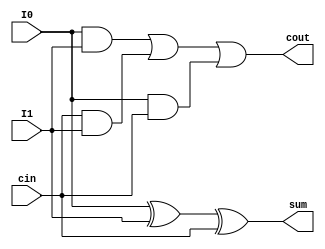
`timescale 1ns / 1ps
//////////////////////////////////////////////////////////////////////////////////
// Company: 
// Engineer: 
// 
// Design Name: 
// Module Name: carry_select_adder
// Project Name: 
// Target Devices: 
// Tool Versions: 
// Description: 
// 
// Dependencies: 
// 
// Revision:
// Revision 0.01 - File Created
// Additional Comments:
// 
//////////////////////////////////////////////////////////////////////////////////
// Assignment - 5
// Problem  - 3
// Semester Aut - 2020 
// Group - 53
// Name_1 : Hardik Aggarwal 
// Roll_1 : 18CS10021
// Name_2 : Sriyash Poddar
// Roll_2 : 18CS30040

module full_adder (
    input I0,
    input I1,
    input cin,
    output sum,
    output cout
);
    assign sum = I0 ^ I1 ^ cin;
    assign cout = (I0 & I1) | (cin & I1) | (I0 & cin);
endmodule

module MUX (
    input I0,
    input I1,
    input sel,
    output reg out
);
    always @(*)begin
        case (sel)
            0: out = I0;
            1: out = I1;
            default: out = 1'dx;
        endcase
    end    
endmodule

module carry_select_adder (
    input [15:0]I0,
    input [15:0]I1,
    input cin,
    output [16:0]out
);
    wire [15:0]temp1;
    wire [15:0]temp2;
    wire [16:0]cin1;
    wire [16:0]cin2;

    assign cin1[0] = 1'b0;
    assign cin2[0] = 1'b1;
    
    genvar i;
    
    generate
        for(i=0;i<=15;i = i+1) begin
            full_adder inst (I0[i],I1[i],cin1[i],temp1[i],cin1[i+1]);
        end
    endgenerate

    generate
        for(i=0;i<=15;i = i+1) begin
            full_adder inst (I0[i],I1[i],cin2[i],temp2[i],cin2[i+1]);
        end
    endgenerate

    generate
        for(i=0;i<=15;i = i+1) begin
            MUX mux_inst (temp1[i],temp2[i],cin,out[i]);
        end
    endgenerate

    MUX mux_inst_ (cin1[16],cin2[16],cin,out[16]);
endmodule